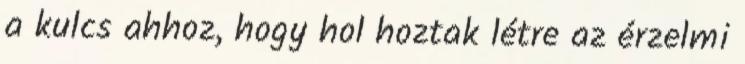
a kulcs ahhoz, hogy hol hoztak létre az érzelmi